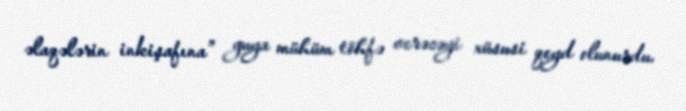
əlaqələrin inkişafına” guya mühüm töhfə verəcəyi xüsusi qeyd olunurdu.